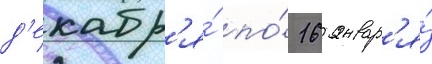
д'екабр'я́ по́ 16 январ'я́